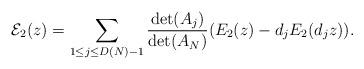
LaTeX: \begin{align*} \mathcal{E}_2(z)= \sum_{1 \leq j \leq D(N)-1 }\frac{\det(A_{j})}{\det(A_N)}(E_2(z)-d_jE_2(d_jz)). \end{align*}